Bombay plague: being a history of the progress of plague in the Bombay presidency from September 1896 to June 1899
Year: 1896
Disease focus: Plague
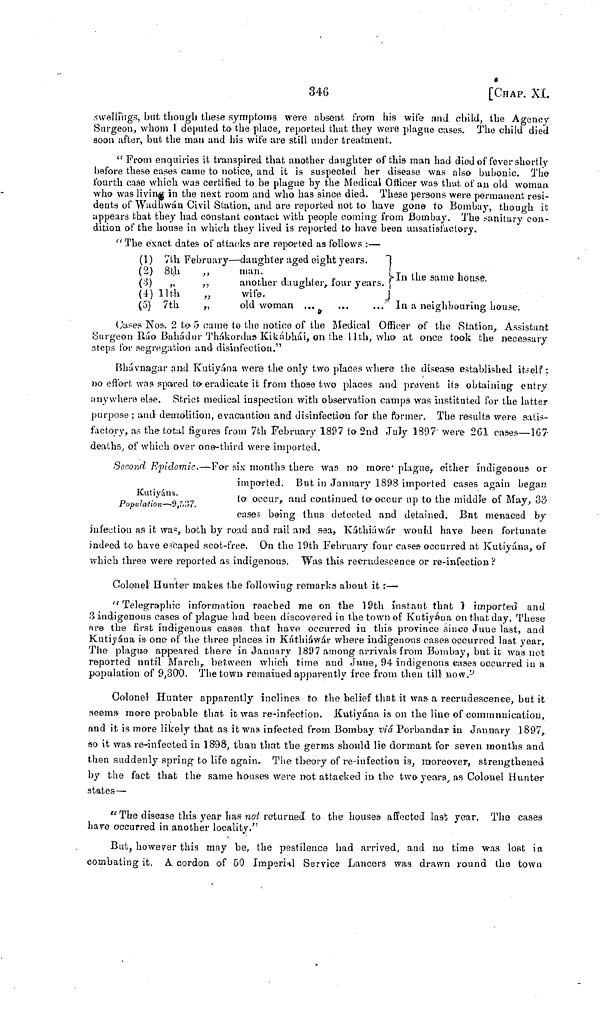
346
[CHAP. XL
swellings, but though these symptoms were absent from his wife and child, the Agency
Surgeon, whom I deputed to the place, reported that they were plague cases. The child died
soon after, but the man and his wife are still under treatment.
"From enquiries it transpired that another daughter of this man had died of fever shortly
before these cases came to notice, and it is suspected her disease was also bubonic. The
fourth case which was certified to be plague by the Medical Officer was that of an old woman
who was living in the next room and who has since died. These persons were permanent resi-
dents of Wadhwán Civil Station, and are reported not to have gone to Bombay, though it
appears that they had constant contact with people coming from Bombay. The sanitary con-
dition of the house in which they lived is reported to have been unsatisfactory.
"The exact dates of attacks are reported as follows :—
(1) 7th February—daughter aged eight years.
]
(2) 8th „
man.
In
the same house.
(3)
,,
,,
another daughter, four years. ]
(4) 11th „
wife.
(5) 7th
„
old woman ...
...
..." In a neighbouring house.
Cases Nos. 2 to 5 came to the notice of the Medical Officer of the Station, Assistant
Surgeon Ráo Bahádur Thákordas Kikábhái, on the 11th, who at once took the necessary
steps for segregation and disinfection."
Bhávnagar and Kutiyána were the only two places where the disease established itself;
no effort was spared to eradicate it from those two places and prevent its obtaining entry
anywhere else. Strict medical inspection with observation camps was instituted for the latter
purpose ; and demolition, evacaution and disinfection for the former. The results were satis-
factory, as the total figures from 7th February 1897 to 2nd July 1897 were 261 cases—167-
deaths, of which over one-third were imported.
Kutiyána.
Population -9,537.
Second Epidemic.—For six months there was no more plague, either indigenous or
imparted. But in January 1898 imported cases again began
to occur, and continued to occur up to the middle of May, 35
cases being thus detected and detained. But menaced by
infection as it was, both by road and rail and sea, Káthiáwár would have been fortunate
indeed to have escaped scot-free. On the 19th February four cases occurred at Kutiyána, of
which three were reported as indigenous. Was this recrudescence or re-infection?
Colonel Hunter makes the following remarks about it :—
"Telegraphic information reached me on the 19th instant that 1 imported and
3 indigenous cases of plague had been discovered in the town of Kutiyáua on that day. These
are the first indigenous cases that have occurred in this province since June last, and
Kutiyána is one of the three places in Káthiáwár where indigenous cases occurred last year.
The plague appeared there in January 1897 among arrivals from Bombay, but it was not
reported until March, between which time and June, 94 indigenous eases occurred in a
population of 9,300. The town remaiued apparently free from then till now."
Colonel Hunter apparently inclines to the belief that it was a recrudescence, but it
seems more probable that it was re-infection. Kutiyána is on the line of communication,
and it is more likely that as it was infected from Bombay viá Porbandar in January 1897,
so it was re-infected in 1898, than that the germs should lie dormant for seven mouths and
then suddenly spring to life again. The theory of re-infection is, moreover, strengthened
by the fact that the same houses were not attacked in the two years, as Colonel Hunter
states—
"The disease this year has not returned to the houses affected last year. The cases
have occurred in another locality."
But, however this may be, the pestilence bad arrived, and no time was lost in
combating it. A cordon of 50 Imperial Service Lancers was drawn round the town